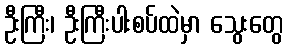
ဦးကြီး၊ ဦးကြီးပါးစပ်ထဲမှာ သွေးတွေ